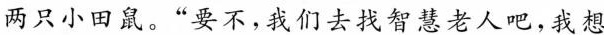
两只小田鼠。“要不，我们去找智慧老人吧，我想